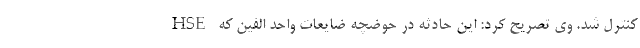
HSE کنترل شد. وی تصریح کرد: این حادثه در حوضچه ضایعات واحد الفین که